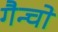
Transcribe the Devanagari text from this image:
गैन्चो